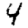
Digit: 4